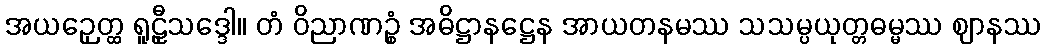
အယဉှေတ္ထ ရူဠှီသဒ္ဒေါ။ တံ ဝိညာဏဉ္စံ အဓိဋ္ဌာနဋ္ဌေန အာယတနမဿ သသမ္ပယုတ္တဓမ္မဿ ဈာနဿ